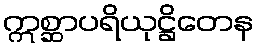
ဣစ္ဆာပရိယုဋ္ဌိတေန